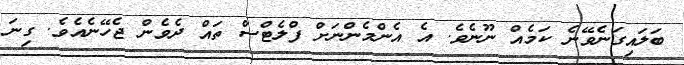
ބަލައިގަނެވޭނެ ކަމެއް ނޫނެވެ. އެ އެންމެންނަށް ފްލެޓްސް ތައް ދެވެން ޖެހޭނެއެވެ. ގިނަ